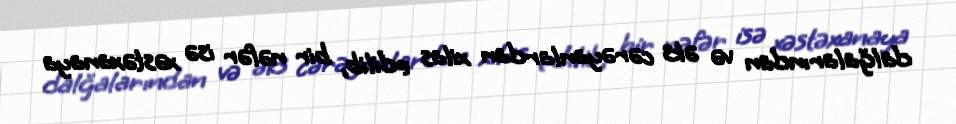
dalğalarından və əks cərəyanlardan xilas edilib, bir nəfər isə xəstəxanaya